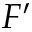
F ^ { \prime }